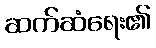
ဆက်ဆံရေး၏